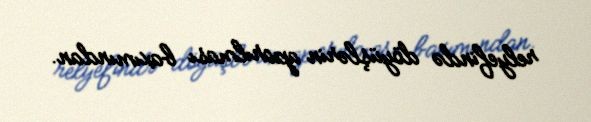
relyefində döyüşlərin aparılması baxımından.